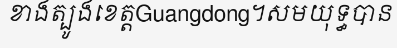
ខាងត្បូងខេត្តGuangdong។សមយុទ្ធបាន